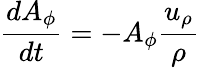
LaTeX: \frac{dA_{\phi}}{dt}=-A_{\phi}\frac{u_{\rho}}{\rho}